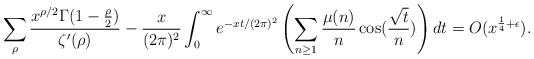
\begin{align*}\sum_{\rho}\frac{x^{\rho/2}\Gamma(1-\frac{\rho}{2})}{\zeta'(\rho)}-\frac{x}{(2\pi)^2}\int_{0}^{\infty}e^{-xt/(2\pi)^2}\left(\sum_{n\ge1}\frac{\mu(n)}{n}\cos(\frac{\sqrt{t}}{n})\right)dt=O(x^{\frac{1}{4}+\epsilon}).\end{align*}